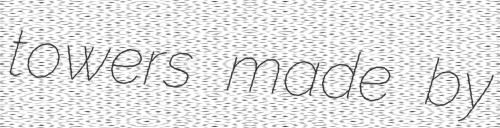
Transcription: towers made by